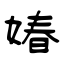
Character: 媋